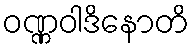
ဝဏ္ဏဝါဒိနောတိ